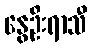
နွေဦးရာသီ